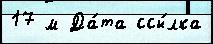
17 м Да́та ссы́лка